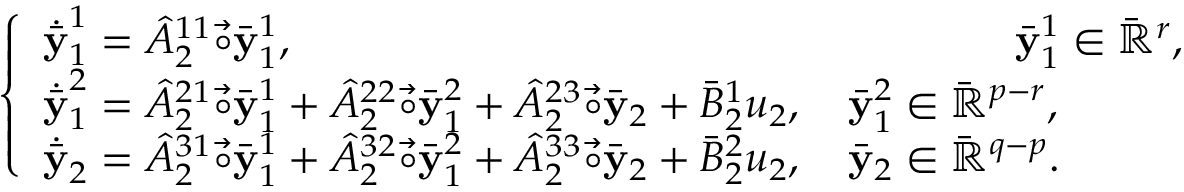
\begin{array} { r } { \left\{ \begin{array} { l } { \dot { \bar { \mathbf { y } } } _ { 1 } ^ { 1 } = \hat { A } _ { 2 } ^ { 1 1 } \vec { \circ } \bar { \mathbf { y } } _ { 1 } ^ { 1 } , ~ ~ ~ ~ ~ ~ ~ ~ ~ ~ ~ ~ ~ ~ ~ ~ ~ ~ ~ ~ ~ ~ ~ ~ ~ ~ ~ ~ ~ ~ ~ ~ ~ ~ ~ ~ ~ ~ ~ ~ ~ ~ ~ ~ ~ ~ ~ ~ \quad { \bar { \mathbf { y } } } _ { 1 } ^ { 1 } \in \bar { \mathbb { R } } ^ { r } , } \\ { \dot { \bar { \mathbf { y } } } _ { 1 } ^ { 2 } = \hat { A } _ { 2 } ^ { 2 1 } \vec { \circ } \bar { \mathbf { y } } _ { 1 } ^ { 1 } + \hat { A } _ { 2 } ^ { 2 2 } \vec { \circ } \bar { \mathbf { y } } _ { 1 } ^ { 2 } + \hat { A } _ { 2 } ^ { 2 3 } \vec { \circ } \bar { \mathbf { y } } _ { 2 } + \bar { B } _ { 2 } ^ { 1 } u _ { 2 } , \quad { \bar { \mathbf { y } } } _ { 1 } ^ { 2 } \in \bar { \mathbb { R } } ^ { p - r } , } \\ { \dot { \bar { \mathbf { y } } } _ { 2 } = \hat { A } _ { 2 } ^ { 3 1 } \vec { \circ } \bar { \mathbf { y } } _ { 1 } ^ { 1 } + \hat { A } _ { 2 } ^ { 3 2 } \vec { \circ } \bar { \mathbf { y } } _ { 1 } ^ { 2 } + \hat { A } _ { 2 } ^ { 3 3 } \vec { \circ } \bar { \mathbf { y } } _ { 2 } + \bar { B } _ { 2 } ^ { 2 } u _ { 2 } , \quad { \bar { \mathbf { y } } } _ { 2 } \in \bar { \mathbb { R } } ^ { q - p } . } \end{array} \right. } \end{array}